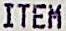
ITEM